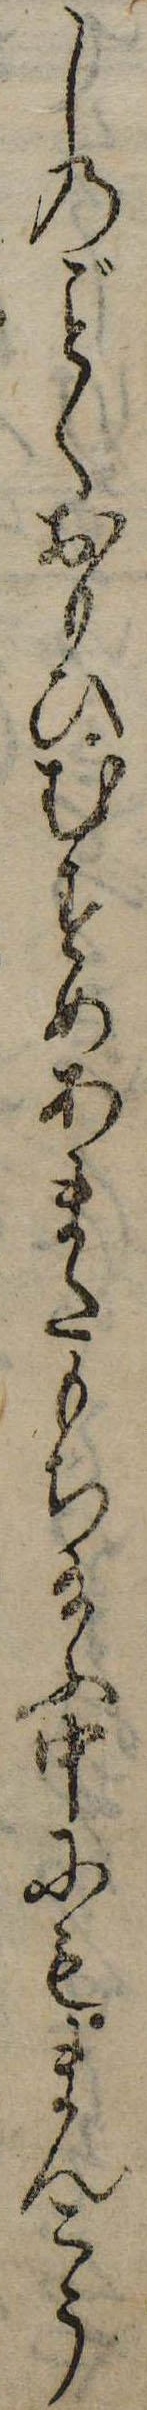
しのくおもひむすめあまたもち給ふ中にもまんこう